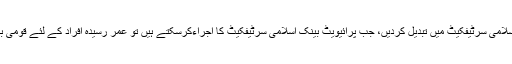
برائے مہربانی صرف اور صرف سینئر سٹیزن (عمر رسیدہ افراد) کے لئے اسے اسلامی سرٹیفکیٹ میں تبدیل کردیں، جب پرائیویٹ بینک اسلامی سرٹیفکیٹ کا اجراءکرسکتے ہیں تو عمر رسیدہ افراد کے لئے قومی بچت میں1190 روپے ماہانہ کو اسلامی سرٹیفکیٹ میں تبدیل کیوں نہیں کرسکتے۔